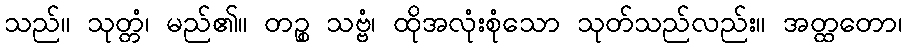
သည်။ သုတ္တံ၊ မည်၏။ တဉ္စ သဗ္ဗံ၊ ထိုအလုံးစုံသော သုတ်သည်လည်း။ အတ္ထတော၊